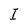
Character: I